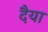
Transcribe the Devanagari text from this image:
दैया